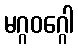
မဂ္ဂဝဂ္ဂေါ